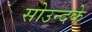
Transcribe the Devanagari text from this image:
सोउन्दके